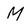
Character: M